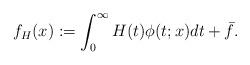
LaTeX: \begin{align*}f_H(x) := \int_0^\infty H(t)\phi(t;x) dt + \bar{f}.\end{align*}